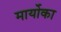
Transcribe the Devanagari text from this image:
मार्योका